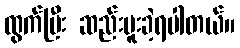
ထွက်ပြီး ဆည်းပူးခဲ့ရပါတယ်။